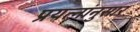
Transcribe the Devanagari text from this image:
प्रयत्नांनुसार